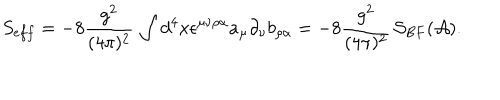
LaTeX: S _ { e f f } = - 8 \frac { g ^ { 2 } } { ( 4 \pi ) ^ { 2 } } \, \int d ^ { 4 } x \epsilon ^ { \mu \nu \rho \alpha } a _ { \mu } \partial _ { \nu } b _ { \rho \alpha } = - 8 \frac { g ^ { 2 } } { ( 4 \pi ) ^ { 2 } } \, { \cal S } _ { B F } ( { \cal A } ) .